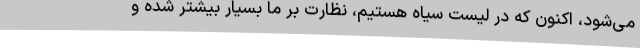
می‌شود، اکنون که در لیست سیاه هستیم، نظارت بر ما بسیار بیشتر شده و